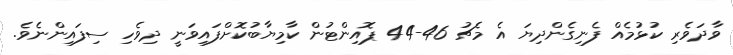
ވާދަވެރި ކުޅުމެއް ފެނިގެންދިޔަ އެ މެޗު 46-44 ޕޮއިންޓުން ކާމިޔާބުކޮށްފައިވަނީ ދިވެހި ސިފައިންނެވެ.